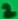
Text: 2